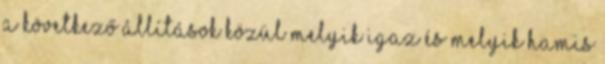
a következő állítások közül melyik igaz és melyik hamis